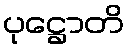
ပုဋ္ဌောတိ